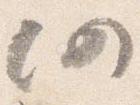
仍